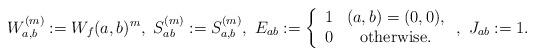
LaTeX: \begin{gather*}W^{(m)}_{a, b} := W_f (a, b)^m, \ S^{(m)}_{a b} := S^{(m)}_{a, b}, \ E_{a b} := \left\{ \begin{array}{cc}1 & (a, b) = (0, 0) , \\0 & \mbox{otherwise}. \end{array}\right., \ J_{a b} := 1. \end{gather*}